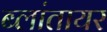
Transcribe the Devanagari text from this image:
ब्लांतायर